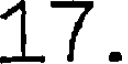
17.